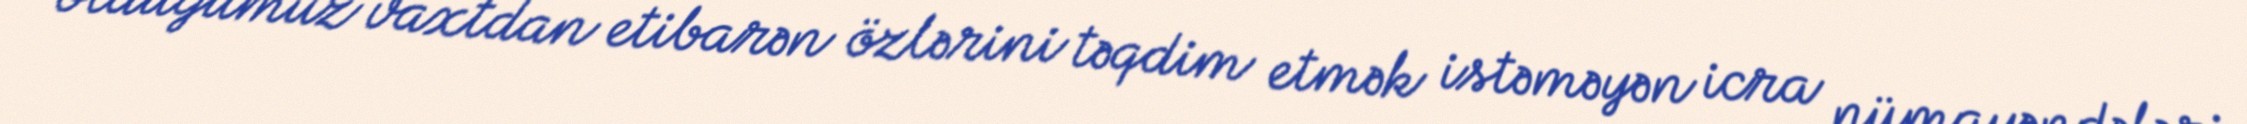
olduğumuz vaxtdan etibarən özlərini təqdim etmək istəməyən icra nümayəndələri